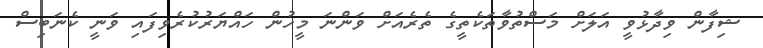
ޝިފާން ވިދާޅުވީ އަލަށް މަސްތުވާތަކެތީގެ ތެރެއަށް ވަންނަ މީހުން ހައްޔަރުކުރެވިފައި ވަނީ ކެނަބިސް